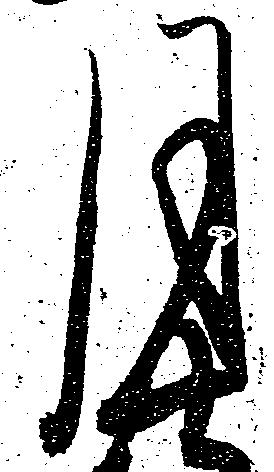
月